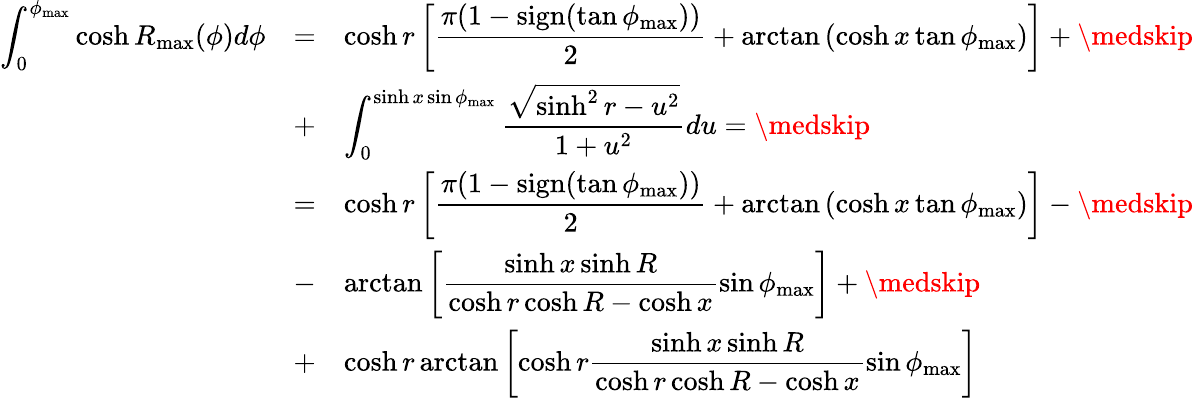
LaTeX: \begin{array}{rll}{\displaystyle\int_{0}^{\phi_{\operatorname*{max}}}\cosh R_{\operatorname*{max}}(\phi)d\phi}&{=}&{\displaystyle\cosh r\left[\frac{\pi(1-\mathrm{sign}(\tan\phi_{\operatorname*{max}}))}{2}+\arctan\left(\cosh x\tan\phi_{\operatorname*{max}}\right)\right]+\medskip}\\ &{+}&{\displaystyle\int_{0}^{\sinh x\sin\phi_{\operatorname*{max}}}\frac{\sqrt{\sinh^{2}r-u^{2}}}{1+u^{2}}du=\medskip}\\ &{=}&{\displaystyle\cosh r\left[\frac{\pi(1-\mathrm{sign}(\tan\phi_{\operatorname*{max}}))}{2}+\arctan\left(\cosh x\tan\phi_{\operatorname*{max}}\right)\right]-\medskip}\\ &{-}&{\displaystyle\arctan\left[\frac{\sinh x\sinh R}{\cosh r\cosh R-\cosh x}\sin\phi_{\operatorname*{max}}\right]+\medskip}\\ &{+}&{\displaystyle\cosh r\arctan\left[\cosh r\frac{\sinh x\sinh R}{\cosh r\cosh R-\cosh x}\sin\phi_{\operatorname*{max}}\right]}\end{array}